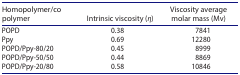
<table><thead><tr><td><b>Homopolymer/copolymer</b></td><td><b>Intrinsic viscosity (<i>η</i>)</b></td><td><b>Viscosity average molar mass (Mv)</b></td></tr></thead><tbody><tr><td>POPD</td><td>0.38</td><td>7841</td></tr><tr><td>Ppy</td><td>0.69</td><td>12280</td></tr><tr><td>POPD/Ppy-80/20</td><td>0.45</td><td>8999</td></tr><tr><td>POPD/Ppy-50/50</td><td>0.44</td><td>8869</td></tr><tr><td>POPD/Ppy-20/80</td><td>0.58</td><td>10846</td></tr></tbody></table>